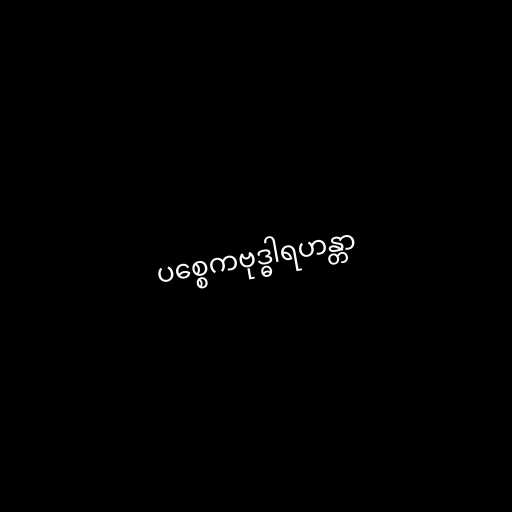
ပစ္စေကဗုဒ္ဓါရဟန္တာ